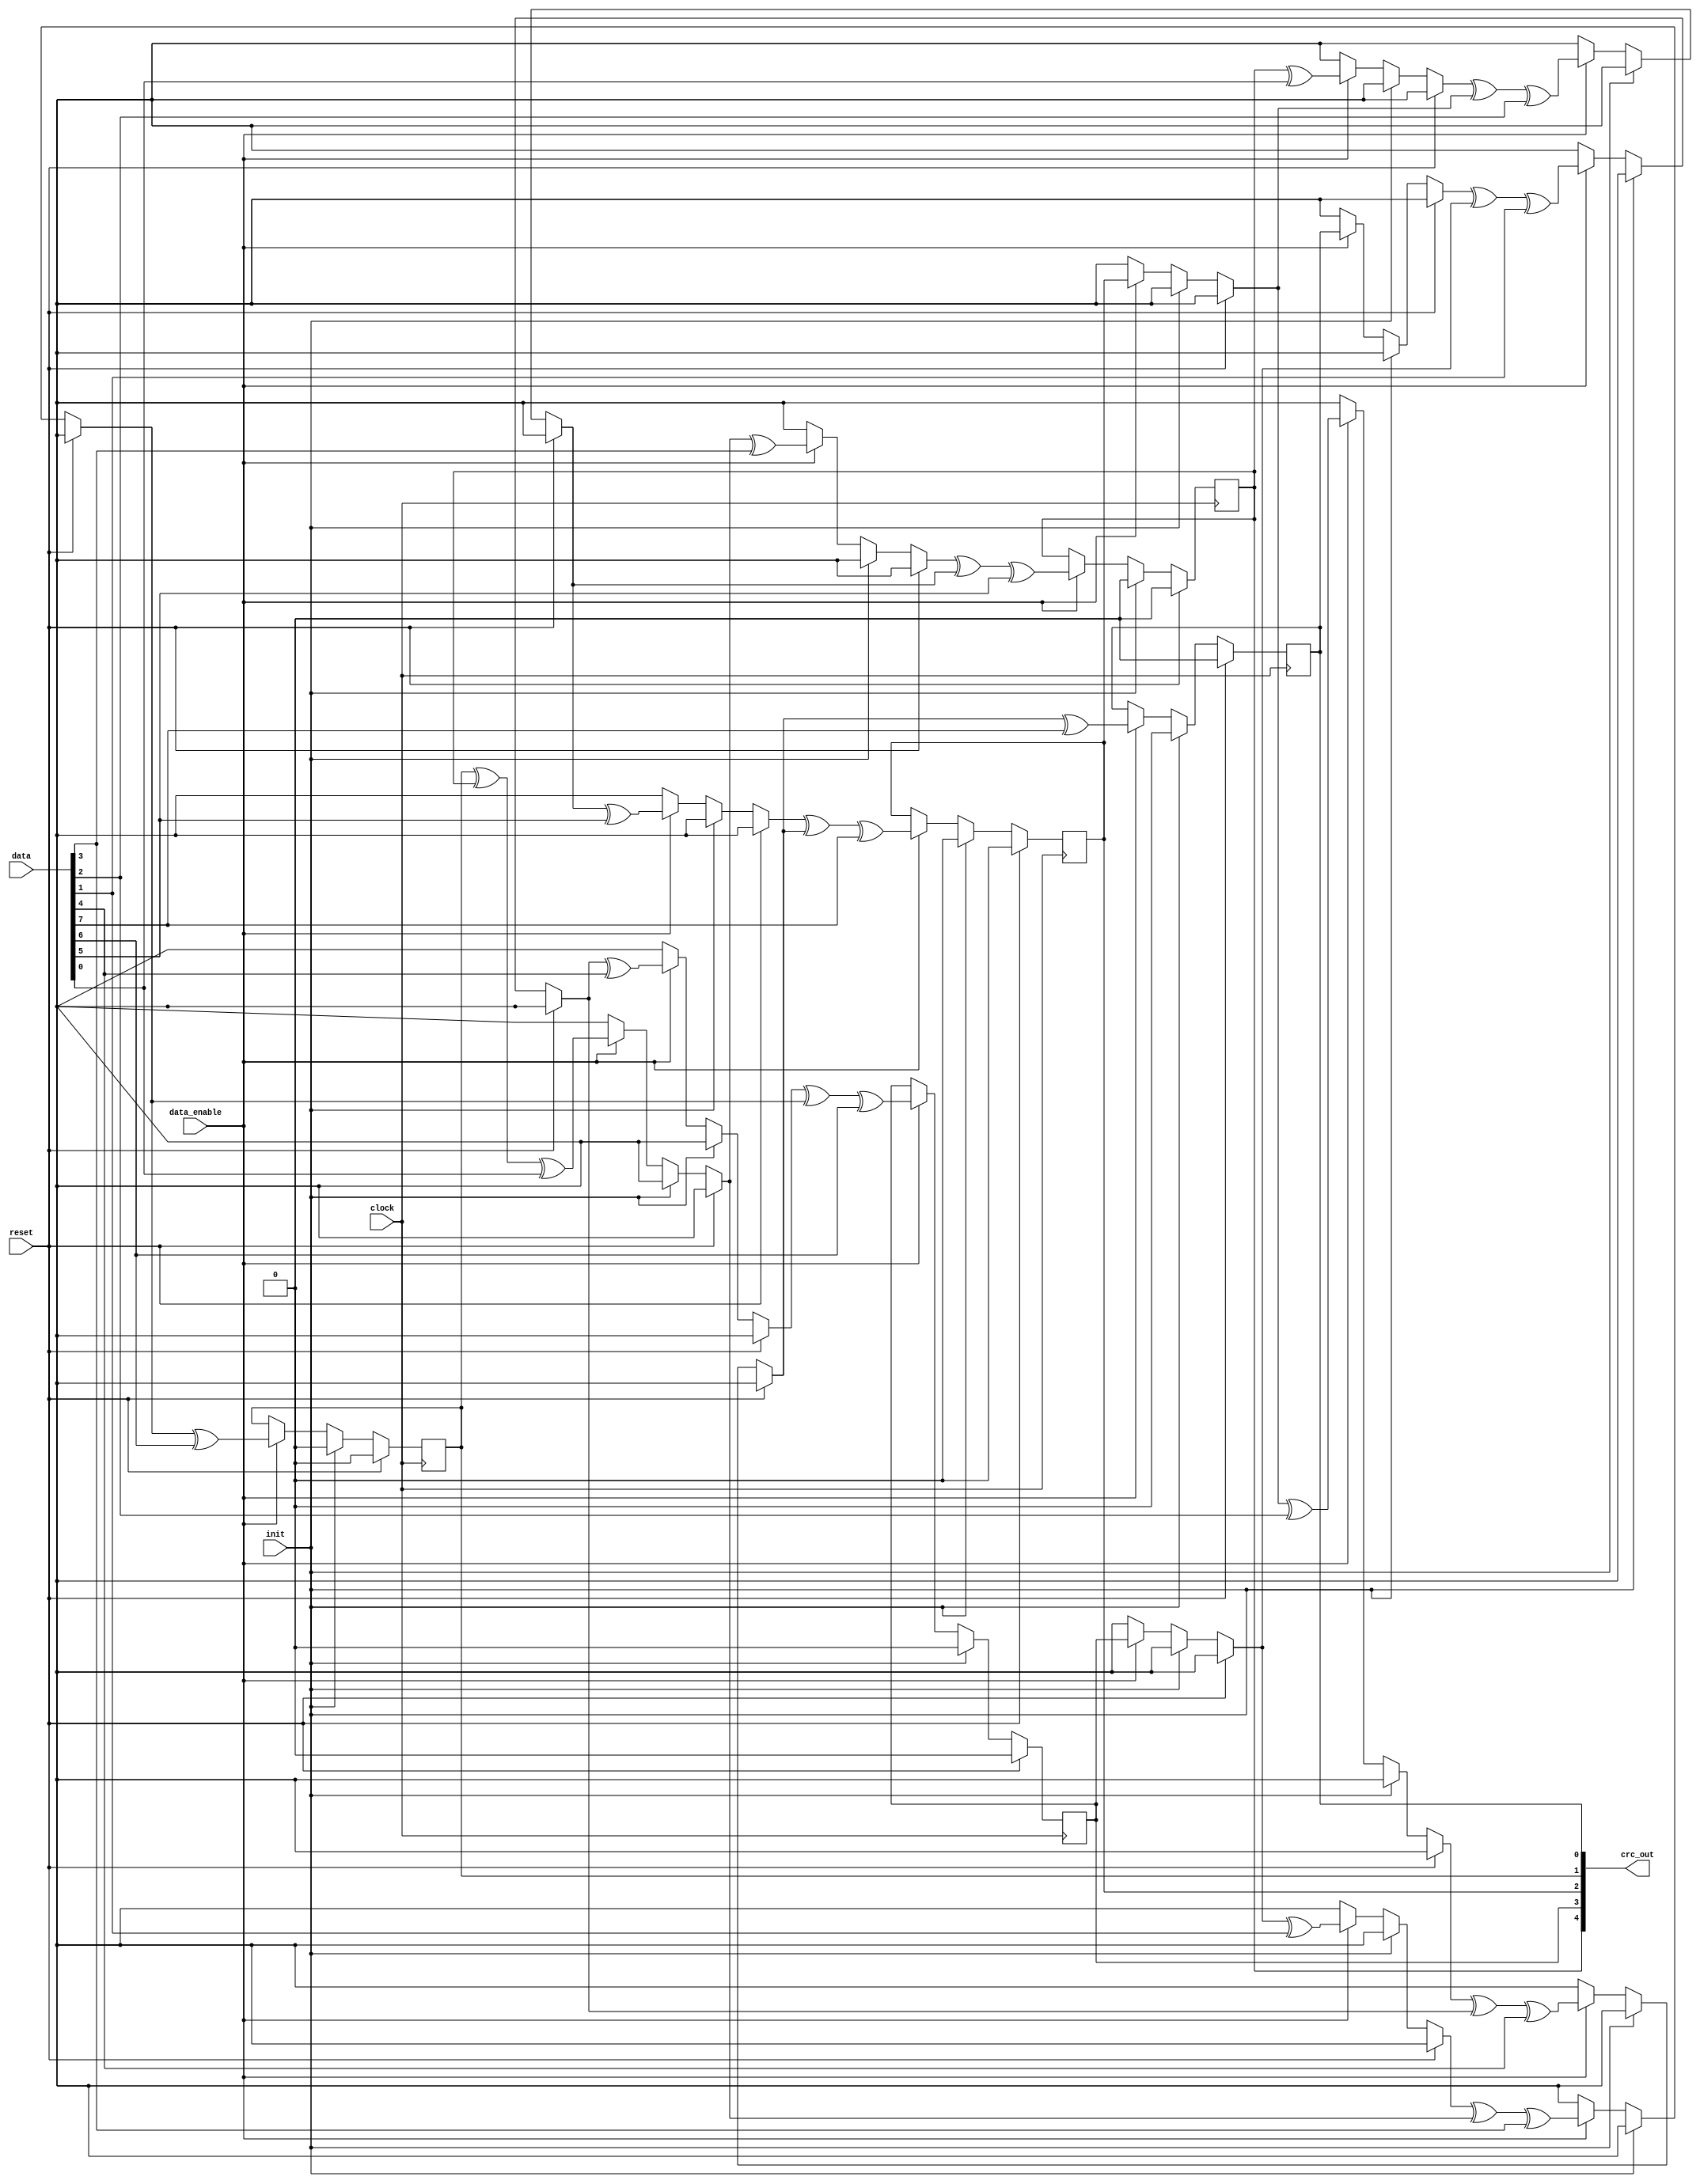
module crc #(
    parameter POLYNOMIAL    = 5'b00101,
    parameter DATA_WIDTH    = 8,
    parameter CRC_WIDTH     = 5,
    parameter SEED          = 0,
    parameter DEBUG         = 0,
    parameter REVERSE       = 1
)(
    input [DATA_WIDTH-1:0]      data,
    input                       data_enable,
    output reg [CRC_WIDTH-1:0]  crc_out, 
    input                       init,
    input                       clock,
    input                       reset
);

function automatic prev;
    input integer level;
    input integer index;
    input [DATA_WIDTH-1:0]  data;
    input [CRC_WIDTH-1:0]   crc;
    begin
        if (POLYNOMIAL[index])
        begin
            if (level)
            begin
                if (index)
                begin
                    if (DEBUG)
                        $display("LEVEL %0d | crc[%0d] = crc[%0d] ^ crc[%0d] ^ data[%0d]", level, index, (index)?index-1:CRC_WIDTH-1, CRC_WIDTH-1, DATA_WIDTH - 1 - level);                                
                    prev = prev(level-1, (index)?index-1:CRC_WIDTH-1, data, crc) ^ prev(level-1, CRC_WIDTH-1, data, crc) ^ data[DATA_WIDTH-1-level];
                end
                else
                begin
                    if (DEBUG)
                        $display("LEVEL %0d | crc[%0d] = crc[%0d] ^ data[%0d]", level, index, CRC_WIDTH-1, DATA_WIDTH - 1 - level);                                
                    prev = prev(level-1, CRC_WIDTH-1, data, crc) ^ data[DATA_WIDTH-1-level];
                end

            end
            else
            begin
                if (index)
                begin
                    if (DEBUG)
                        $display("LEVEL %0d | crc[%0d] = crc[%0d] ^ crc[%0d] ^ data[%0d] // STOP", level, index, index-1, CRC_WIDTH-1, DATA_WIDTH - 1 - level);                                                
                    prev = crc[index-1-:1] ^ crc[CRC_WIDTH-1-:1] ^ data[DATA_WIDTH-1-level];
                end
                else
                begin
                    if (DEBUG)
                        $display("LEVEL %0d | crc[%0d] = crc[%0d] ^ data[%0d] // STOP", level, index, CRC_WIDTH-1, DATA_WIDTH - 1 - level);                                                
                    prev = crc[CRC_WIDTH-1-:1] ^ data[DATA_WIDTH-1-level];
                end
            end
        end
        else
        begin
            if (level)
            begin
                if (index)
                begin
                    if (DEBUG)
                        $display("LEVEL %0d | crc[%0d] = crc[%0d]", level, index, index - 1);                                                                
                    prev = prev(level-1, index-1, data, crc);
                end
                else
                begin
                    if (DEBUG)
                        $display("LEVEL %0d | crc[%0d] = crc[%0d] ^ data[%0d]", level, index, CRC_WIDTH-1, DATA_WIDTH - 1 - level);                                                                
                    prev = prev(level-1, CRC_WIDTH-1, data, crc) ^ data[DATA_WIDTH-1-level];
                end
            end
            else
            begin
                if (index)
                begin
                    if (DEBUG)
                        $display("LEVEL %0d | crc[%0d] = crc[%0d] // STOP", level, index, index - 1);                                                                                
                    prev = crc[index-1-:1];
                end
                else
                begin
                    if (DEBUG)
                        $display("LEVEL %0d | crc[%0d] = crc[%0d] ^ data[%0d] // STOP", level, index, CRC_WIDTH-1, DATA_WIDTH - 1 - level);                                                                                
                    prev = crc[CRC_WIDTH-1-:1] ^ data[DATA_WIDTH-1-level];
                end
            end
        end
    end
endfunction

wire [DATA_WIDTH-1:0] temp;

genvar j;
generate
if (REVERSE)
begin
    for (j = DATA_WIDTH-1; j >= 0; j = j - 1)
    begin : reverse_loop
        assign temp[DATA_WIDTH-1-j]  = data[j];
    end
end
else
begin
    assign temp = data;
end
endgenerate

genvar i;
generate
for(i = 0; i < CRC_WIDTH; i= i + 1)
begin : loop
    always @(posedge clock)
    begin
        if (reset)
        begin
            crc_out[i+:1] = SEED[i+:1];
        end
        else if (init)
        begin
            crc_out[i+:1] = SEED[i+:1];
        end
        else if (data_enable)
        begin
            if (DEBUG)
                $display("\n\nCRC OUT[%0d]\n***************************************************************************", i); 
            crc_out[i+:1] <= prev(DATA_WIDTH-1,i,temp,crc_out);
        end
    end
end
endgenerate

endmodule